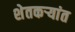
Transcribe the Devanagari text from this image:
शेतकऱ्यांत